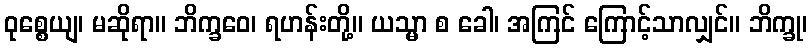
ဝုစ္စေယျ၊ မဆိုရာ။ ဘိက္ခဝေ၊ ရဟန်းတို့။ ယသ္မာ စ ခေါ၊ အကြင် ကြောင့်သာလျှင်။ ဘိက္ခု၊